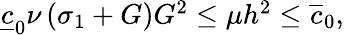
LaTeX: \begin{array}{r}{\underline{{c}}_{0}\nu\left(\sigma_{1}+G\right)G^{2}\leq{\mu h^{2}}\leq\overline{{c}}_{0},}\end{array}